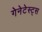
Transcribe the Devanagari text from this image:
गेनेटेस्ट्स